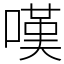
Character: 嘆